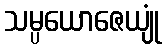
သမ္ပယောဇေယျုံ